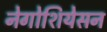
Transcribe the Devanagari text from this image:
नेगोशियेसन